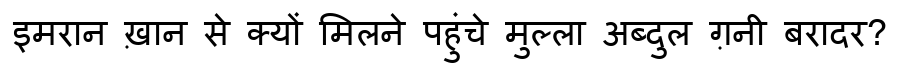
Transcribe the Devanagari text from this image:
इमरान ख़ान से क्यों मिलने पहुंचे मुल्ला अब्दुल ग़नी बरादर?